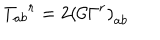
LaTeX: T _ { a b } { } ^ { r } = 2 \left( { \cal C } \Gamma ^ { r } \right) _ { a b }